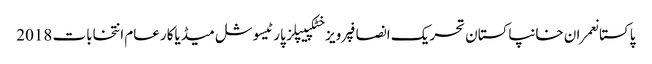
پاکستانعمران خانپاکستان تحریک انصافپرویز خٹکپیپلز پارٹیسوشل میڈیاکارعام انتخابات 2018